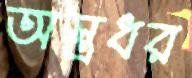
অস্ত্রধর